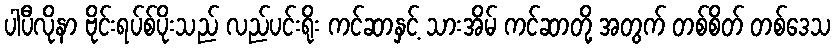
ပါပီလိုနာ ဗိုင်းရပ်စ်ပိုးသည် လည်ပင်းရိုး ကင်ဆာနှင့် သားအိမ် ကင်ဆာတို့ အတွက် တစ်စိတ် တစ်ဒေသ